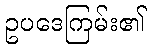
ဥပဒေကြမ်း၏